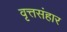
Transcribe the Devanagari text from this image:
वृत्तसंहार